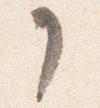
了